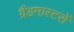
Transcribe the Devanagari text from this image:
ग्रैंडमास्टरों